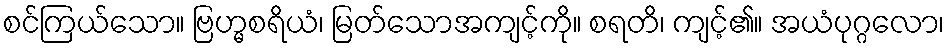
စင်ကြယ်သော။ ဗြဟ္မစရိယံ၊ မြတ်သောအကျင့်ကို။ စရတိ၊ ကျင့်၏။ အယံပုဂ္ဂလော၊